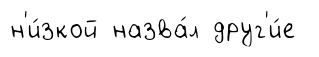
н'и́зкой назва́л друг'и́е